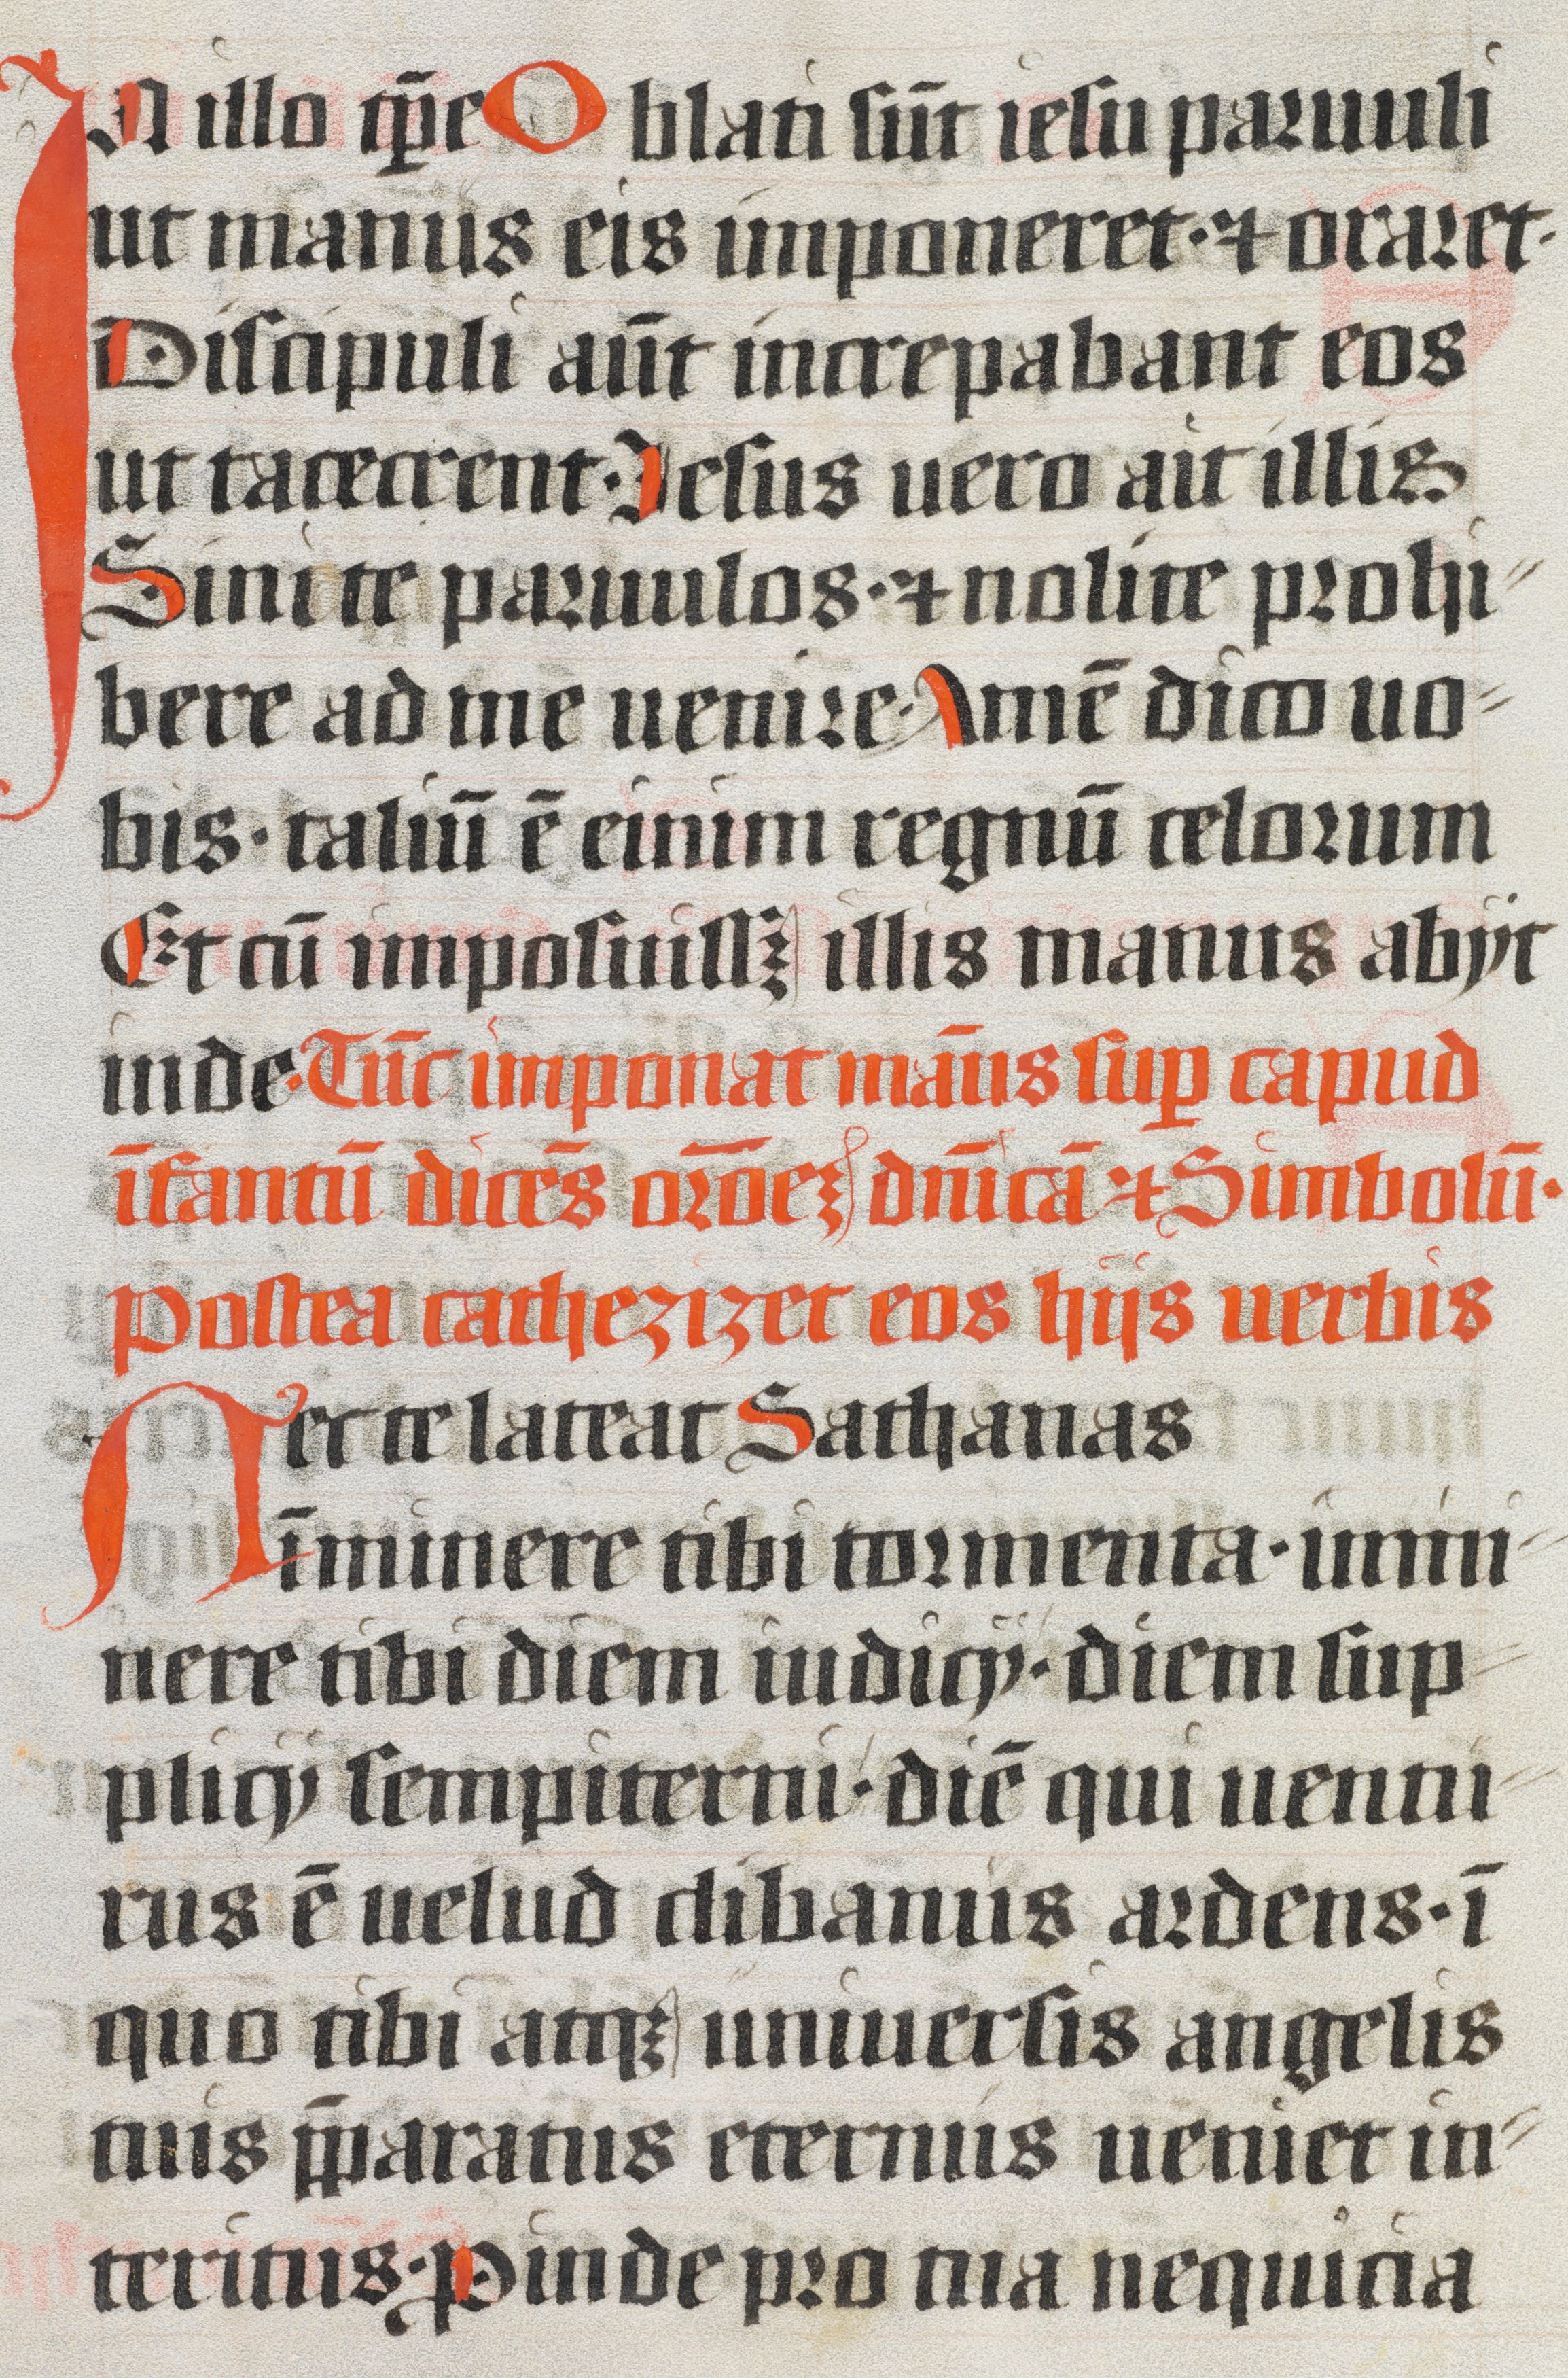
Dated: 1400–1499